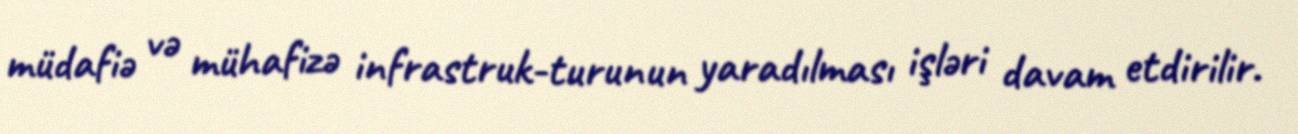
müdafiə və mühafizə infrastruk­turunun yaradılması işləri davam etdirilir.